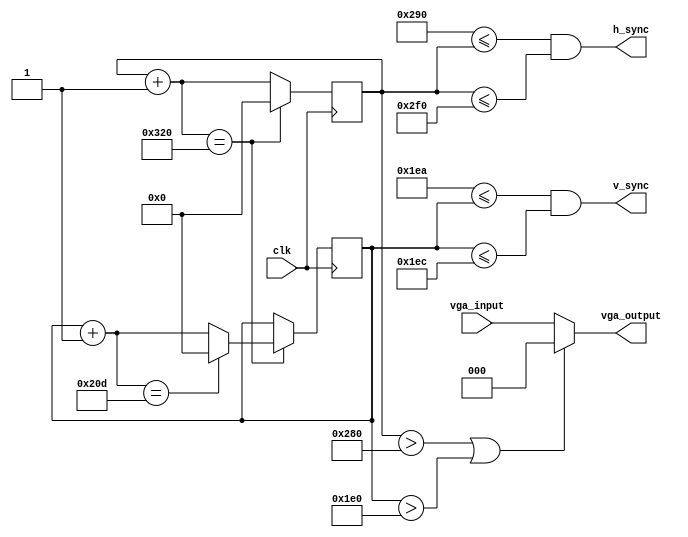
module vga(
	input clk,
	input [2:0] vga_input,
	output [2:0] vga_output,
	output h_sync,
	output v_sync
);

localparam h_total_px = h_front_porch_px + h_video_px + h_sync_px + h_back_porch_px;
localparam v_total_px = v_front_porch_px + v_video_px + v_sync_px + v_back_porch_px;

localparam h_video_px = 640;
localparam v_video_px = 480;

localparam h_front_porch_px = 16;
localparam h_back_porch_px = 48;
localparam h_sync_px = 96;
localparam h_porch_start_px = h_video_px;
localparam h_sync_start_px = h_video_px + h_front_porch_px;
localparam h_sync_end_px = h_sync_start_px + h_sync_px;

localparam v_front_porch_px = 10;
localparam v_back_porch_px = 33;
localparam v_sync_px = 2;
localparam v_porch_start_px = v_video_px;
localparam v_sync_start_px = v_video_px + v_front_porch_px;
localparam v_sync_end_px = v_sync_start_px + v_sync_px;

assign in_h_blank = h_pixel > h_porch_start_px;
assign in_v_blank = v_pixel > v_porch_start_px;
assign in_blank = in_h_blank || in_v_blank;

reg[9:0] h_pixel = 10'b0;
reg[9:0] h_next_pixel;

reg[9:0] v_pixel = 9'b0;
reg[9:0] v_next_pixel;

assign h_sync = (h_sync_start_px <= h_pixel) && (h_pixel <= h_sync_end_px);
assign v_sync = (v_sync_start_px <= v_pixel) && (v_pixel <= v_sync_end_px);

assign vga_output = in_blank ? 3'b000 : vga_input;

always @(h_pixel, v_pixel) begin
	h_next_pixel = h_pixel + 1'b1;
	v_next_pixel = v_pixel + 1'b1;
end

always @(posedge clk) begin
  if(h_next_pixel == h_total_px) begin
    // Reset horizontal line at the end of horizontal line
    h_pixel <= 0;

    if(v_next_pixel == v_total_px) begin
      // Reset vertical line at the end of frame
      v_pixel <= 0;
    end else begin
      // Advance to next vertical line at the end of horizontal line
      v_pixel <= v_next_pixel;
    end
  end else begin
    // Advance to next pixel on rising clock edge
    h_pixel <= h_next_pixel;
  end
end

endmodule